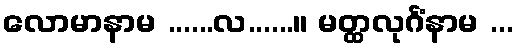
လောမာနာမ ......လ......။ မတ္ထလုင်္ဂံနာမ ...